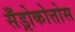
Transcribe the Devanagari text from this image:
सँड्रोकोत्तोस